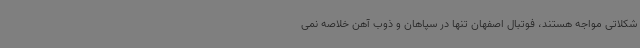
شکلاتی مواجه هستند، فوتبال اصفهان تنها در سپاهان و ذوب آهن خلاصه نمی